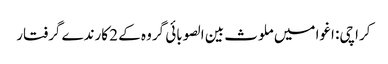
کراچی: اغوا میں ملوث بین الصوبائی گروہ کے 2 کارندے گرفتار